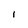
Character: I